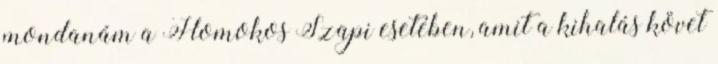
mondanám a Homokos Szapi esetében, amit a kihalás követ